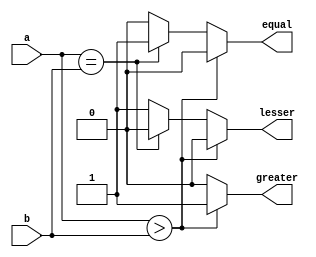
module twobitcompare(a,b,greater,equal,lesser);
input [1:0]a,b;
output reg greater,equal,lesser;
 always@(*)
 begin
 if(a>b)
 begin
	greater=1'b1;equal=1'b0;lesser=1'b0;
	end
else if(a==b)
	begin
	greater =1'b0;equal=1'b1;lesser=1'b0;
	end
else
	begin
	greater=1'b0;equal=1'b0;lesser=1'b1;
	end
	end
	endmodule